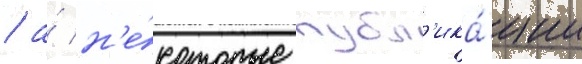
/ а́ н'е́которые публ'ика́ции